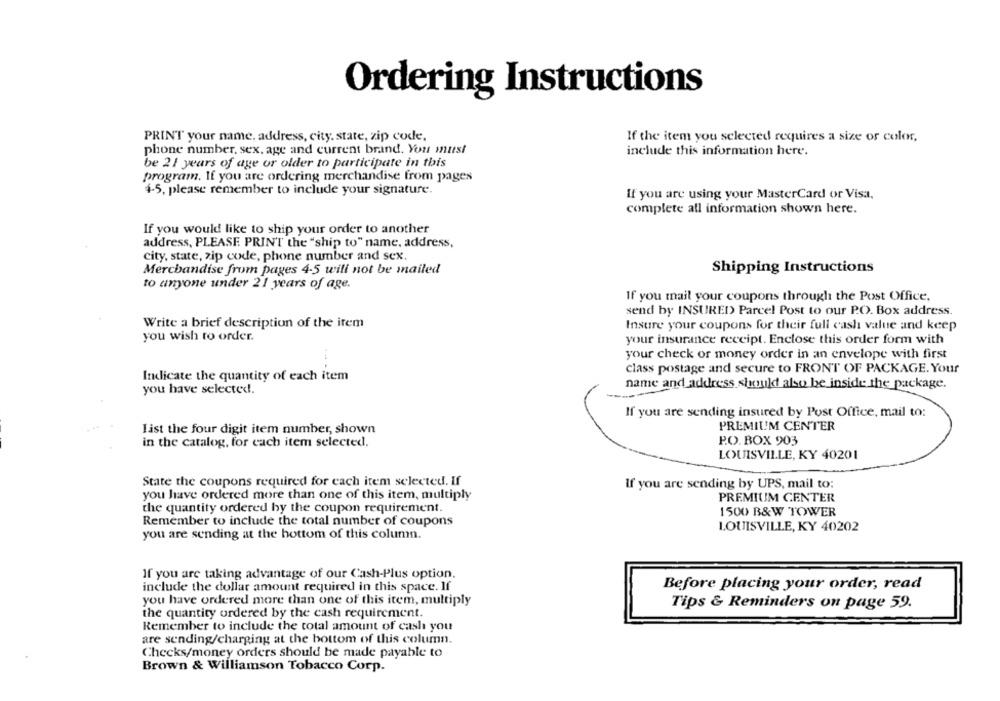
Ordering Instructions
PRINT your name, address, city, state, zip code,
If the item you selected requires a size of color,
phone number, sex, age and current brand. You must
include this information here.
be 21 years of age or older to participate in this
program. If you are ordering merchandise from pages
4-5, please remember to include your signature.
If you are using your MasterCard or Visa,
complete all information shown here.
If you would like to ship your order to another
address, PLEASE PRINT the "ship to" name, address,
city, state, zip code, phone number and sex.
Merchandise from pages 4-5 will not be mailed
Shipping Instructions
to anyone under 21 years of age.
If you mail your coupons through the Post Office,
send by INSURED Parcel Post to our P.O. Box address.
Write a brief description of the item
Insure your coupons for their full cash value and keep
you wish to order.
your insurance receipt. Enclose this order form with
your check or money order in an envelope with first
class postage and secure to FRONT OF PACKAGE. Your
Indicate the quantity of each item
name and address should also be inside the package.
you have selected.
If you are sending insured by Post Office, mail to:
PREMIUM CENTER
List the four digit item number, shown
P.O. BOX 903
in the catalog, for each item selected.
LOUISVILLE, KY 40201
State the coupons required for each item selected. If
If you are sending by UPS, mail to:
you have ordered more than one of this item, multiply
PREMIUM CENTER
the quantity ordered by the coupon requirement.
1500 B&W TOWER
Remember to include the total number of coupons
LOUISVILLE, KY 40202
you are sending at the bottom of this column.
If you are taking advantage of our Cash-Plus option.
include the dollar amount required in this space. If
Before placing your order, read
you have ordered more than one of this item, multiply
Tips & Reminders on page 59.
the quantity ordered by the cash requirement.
Remember to include the total amount of cash you
are sending/charging at the bottom of this column.
Checks/money orders should be made payable to
Brown & Williamson Tobacco Corp.